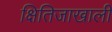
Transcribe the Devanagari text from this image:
क्षितिजाखाली